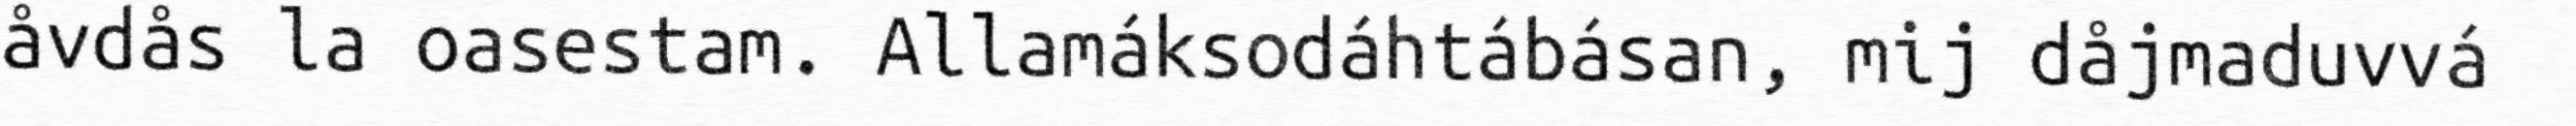
åvdås la oasestam. Allamáksodáhtábásan, mij dåjmaduvvá